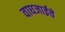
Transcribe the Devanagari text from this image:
वाघजाईचे